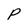
Character: P